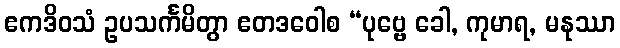
ဧကဒိဝသံ ဥပသင်္ကမိတွာ ဧတဒဝေါစ “ပုဗ္ဗေ ခေါ, ကုမာရ, မနုဿာ